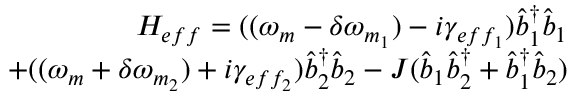
\begin{array} { r } { H _ { e f f } = ( ( \omega _ { m } - \delta \omega _ { m _ { 1 } } ) - i \gamma _ { e f f _ { 1 } } ) \hat { b } _ { 1 } ^ { \dagger } \hat { b } _ { 1 } } \\ { + ( ( \omega _ { m } + \delta \omega _ { m _ { 2 } } ) + i \gamma _ { e f f _ { 2 } } ) \hat { b } _ { 2 } ^ { \dagger } \hat { b } _ { 2 } - J ( \hat { b } _ { 1 } \hat { b } _ { 2 } ^ { \dagger } + \hat { b } _ { 1 } ^ { \dagger } \hat { b } _ { 2 } ) } \end{array}